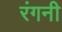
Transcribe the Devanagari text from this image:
रंगनी